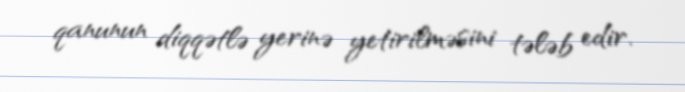
qanunun diqqətlə yerinə yetirilməsini tələb edir.